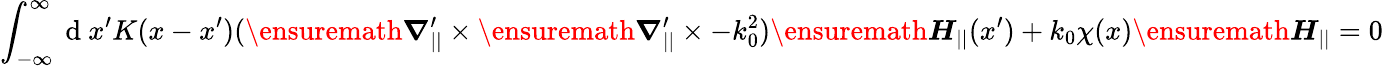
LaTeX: \int_{-\infty}^{\infty}\mathrm{~d~}x^{\prime}K(x-x^{\prime})(\ensuremath{\boldsymbol{\nabla}}_{||}^{\prime}\times\ensuremath{\boldsymbol{\nabla}}_{||}^{\prime}\times-k_{0}^{2})\ensuremath{\boldsymbol{H}}_{||}(x^{\prime})+k_{0}\chi(x)\ensuremath{\boldsymbol{H}}_{||}=0